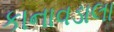
કાનાવડાલા